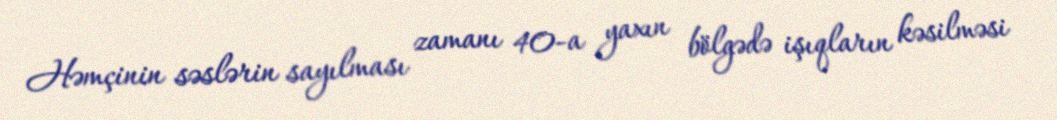
Həmçinin səslərin sayılması zamanı 40-a yaxın bölgədə işıqların kəsilməsi